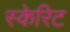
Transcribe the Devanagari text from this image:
स्केरिट